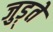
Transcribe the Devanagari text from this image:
जुड़्ते